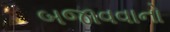
બજાવવાનો